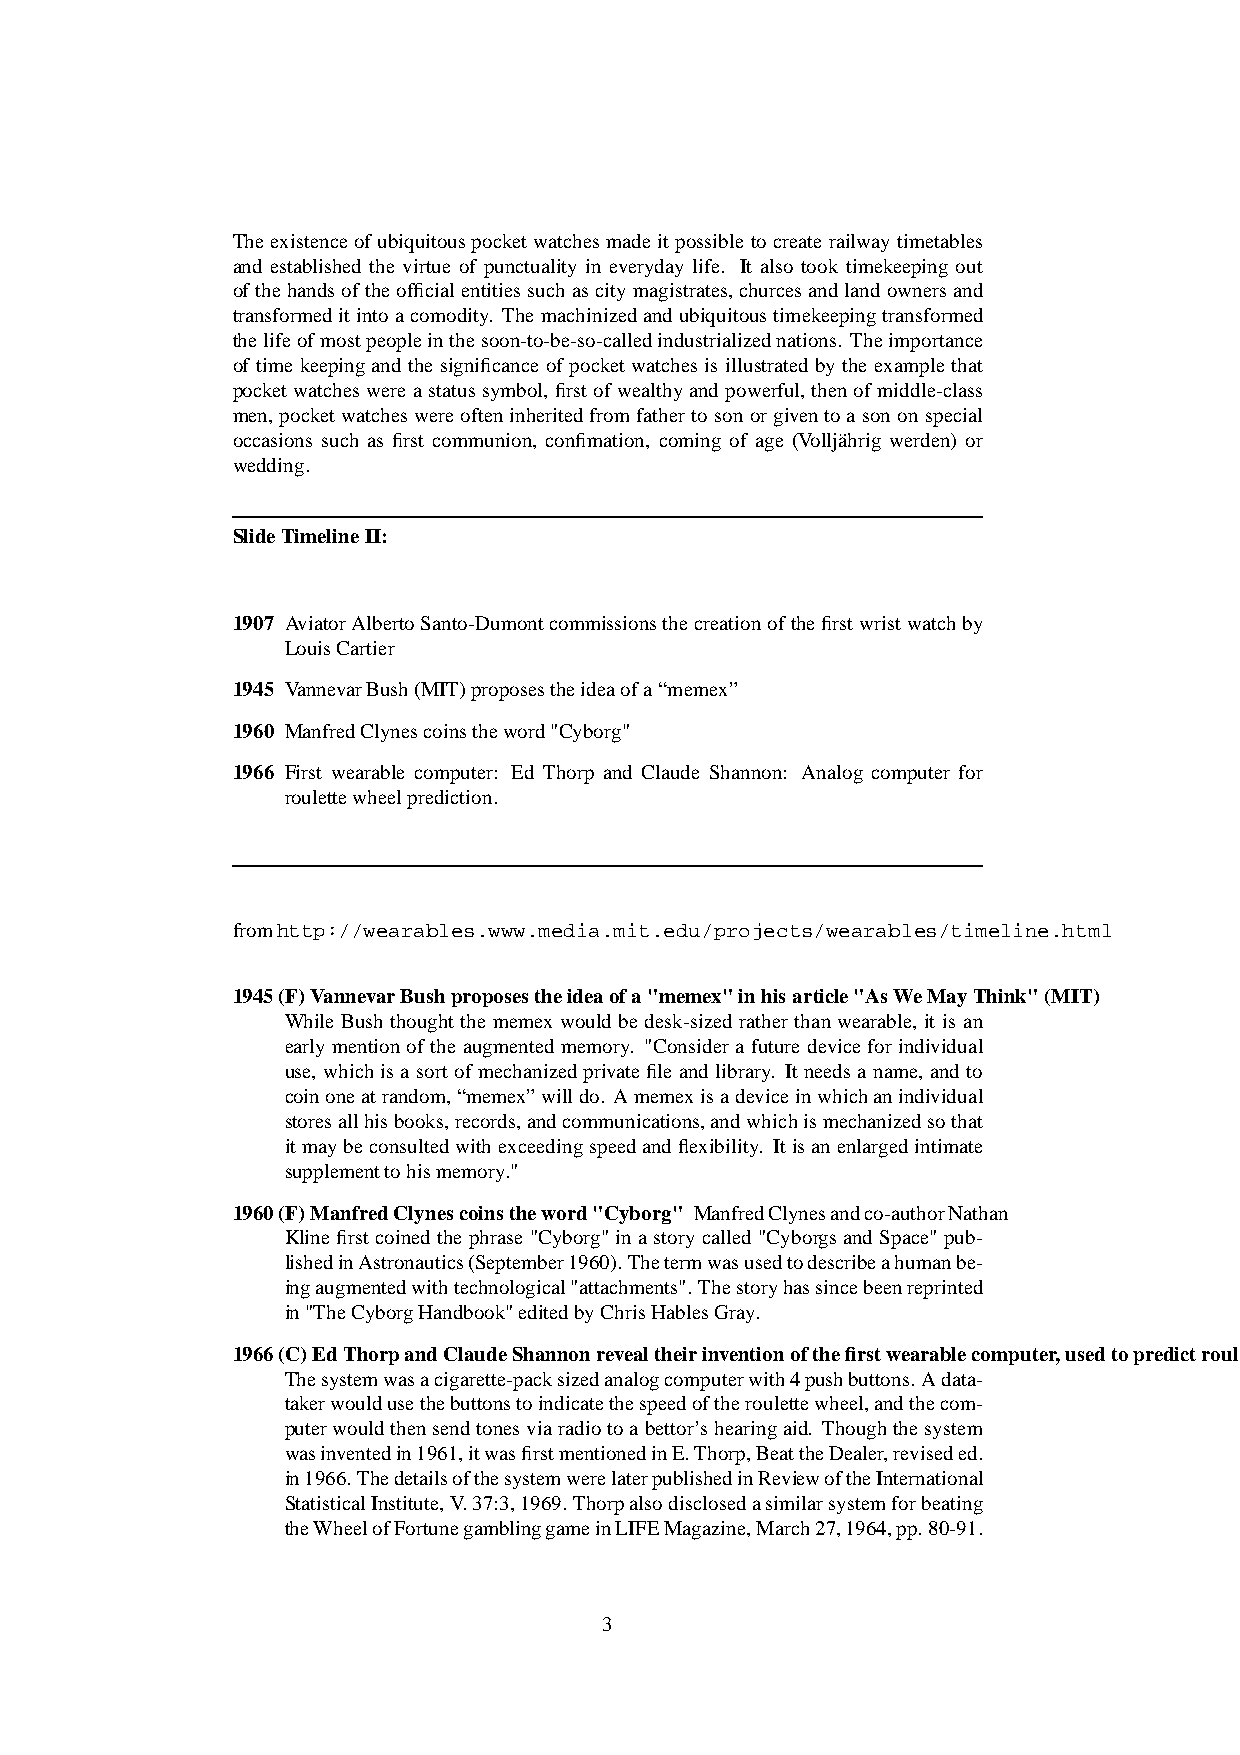
The existenceof ubiquitouspocketwatchesmadeit possible to create railway timetables
 and established the virtue of punctuality in everyday life. It also took timekeeping out
 ofthehandsoftheofficialentitiessuchascitymagistrates, churcesandlandownersand
 transformeditinto a comodity. The machinizedandubiquitoustimekeepingtransformed
 thelifeofmostpeopleinthesoon-to-be-so-calledindustrializednations. Theimportance
 of time keepingand the significance of pocketwatches is illustrated by the examplethat
 pocketwatcheswere a statussymbol, firstof wealthyandpowerful,thenofmiddle-class
 men, pocketwatcheswere ofteninheritedfromfatherto son or givento a son onspecial
 occasions such as first communion, confimation, coming of age (Volljährig werden) or
 wedding.
 SlideTimelineII:
 1907 AviatorAlbertoSanto-Dumontcommissionsthecreationofthefirstwristwatchby
 LouisCartier
 1945 VannevarBush(MIT)proposestheideaofa“memex”
 1960 ManfredClynescoinstheword"Cyborg"
 1966 First wearable computer: Ed Thorp and Claude Shannon: Analog computer for
 roulettewheelprediction.
 fromhttp://wearables.www.media.mit.edu/projects/wearables/timeline.html
 1945(F)VannevarBushproposestheideaofa"memex"inhisarticle"AsWeMayThink"(MIT)
 While Bush thoughtthe memex would be desk-sized rather than wearable, it is an
 early mention of the augmentedmemory. "Consider a future device for individual
 use, whichis a sortof mechanizedprivatefile andlibrary. Itneedsa name, andto
 coinoneatrandom,“memex”willdo. Amemexisadeviceinwhichanindividual
 storesallhisbooks,records,andcommunications,andwhichismechanizedsothat
 itmaybe consultedwithexceedingspeedandflexibility. Itisan enlargedintimate
 supplementtohismemory."
 1960(F)ManfredClynescoinstheword"Cyborg" ManfredClynesandco-authorNathan
 Kline first coinedthe phrase "Cyborg"in a story called "Cyborgsand Space" pub-
 lishedinAstronautics(September1960).Thetermwasusedtodescribeahumanbe-
 ingaugmentedwithtechnological"attachments".Thestoryhassincebeenreprinted
 in"TheCyborgHandbook"editedbyChrisHablesGray.
 1966(C)EdThorpandClaudeShannonrevealtheirinventionofthefirstwearablecomputer,usedtopredictroulette
 Thesystemwasacigarette-packsizedanalogcomputerwith4pushbuttons.Adata-
 takerwouldusethebuttonstoindicatethespeedoftheroulettewheel,andthecom-
 puterwouldthensendtonesvia radiotoa bettor’shearingaid. Thoughthesystem
 wasinventedin1961,itwasfirstmentionedinE.Thorp,BeattheDealer,reviseded.
 in1966.ThedetailsofthesystemwerelaterpublishedinReviewoftheInternational
 StatisticalInstitute,V.37:3,1969. Thorpalsodisclosedasimilarsystemforbeating
 theWheelofFortunegamblinggameinLIFEMagazine,March27,1964,pp.80-91.
 3